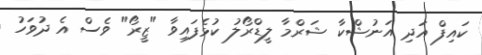
ކައިފް އަދި އަނުޝްކާ ޝަރްމާ ލީޑްރޯލު ކުޅެފައިވާ "ޒީރޯ" ވެސް އެ ދުވަހު